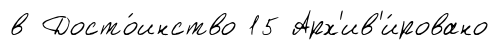
в Досто́инство 15 Арх'ив'и́ровано